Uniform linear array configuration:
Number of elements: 48
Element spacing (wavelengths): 1
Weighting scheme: hann
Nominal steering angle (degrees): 60
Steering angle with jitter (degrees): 61.665
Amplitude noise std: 0.05
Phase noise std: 0.05

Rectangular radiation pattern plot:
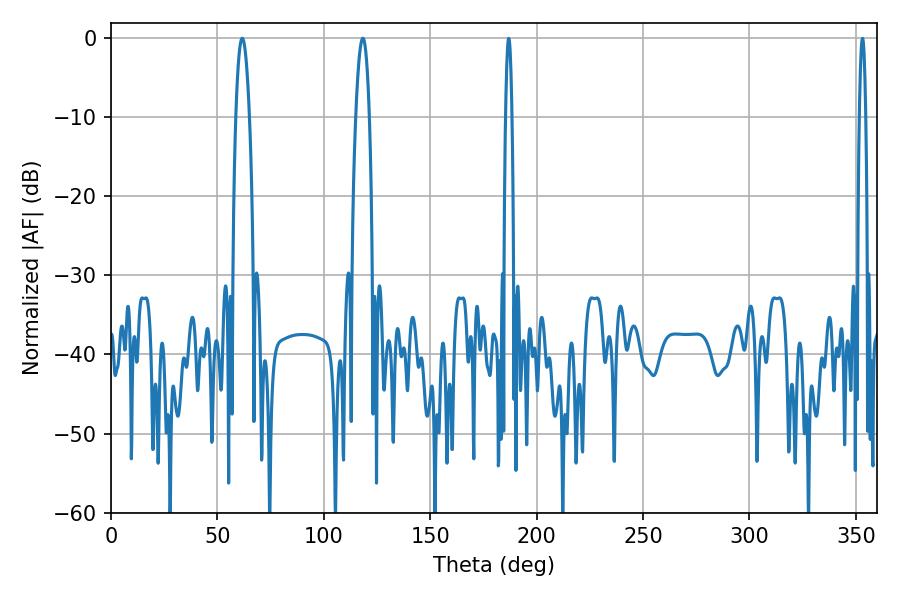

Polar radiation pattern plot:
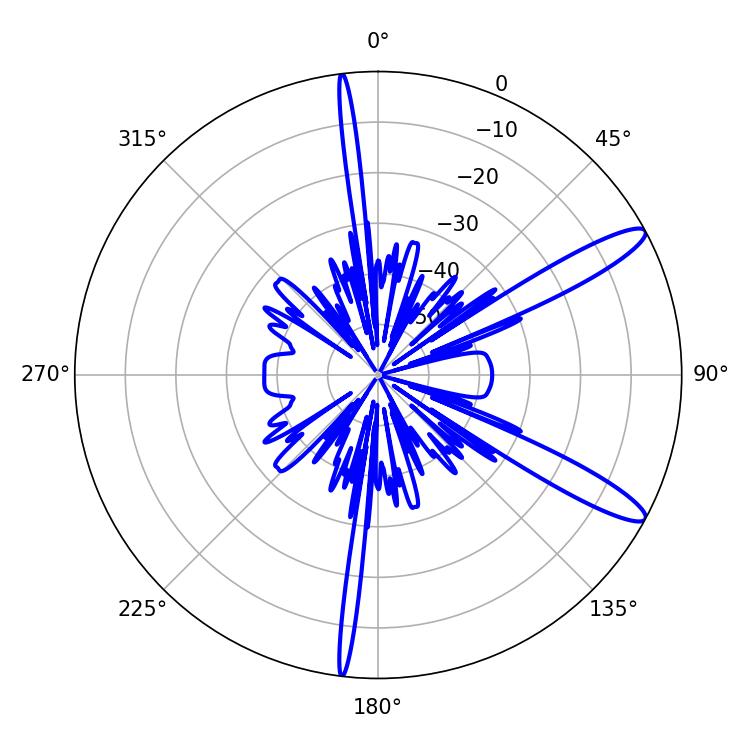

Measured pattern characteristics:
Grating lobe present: TRUE
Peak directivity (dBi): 12.585
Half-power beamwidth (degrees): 3.6
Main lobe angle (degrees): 61.74